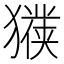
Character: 𱮧